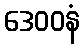
ဒေဝဝနံ